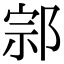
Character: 𨛱